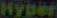
Hyper